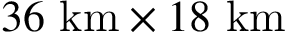
3 6 ~ \mathrm { k m } \times 1 8 ~ \mathrm { k m }